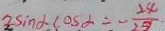
2 \sin \alpha \cos \alpha = - \frac { 2 4 } { 2 9 }